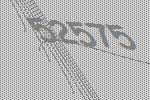
52575